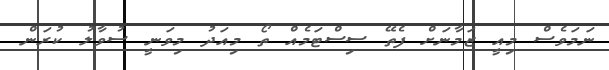
ނަމަވެސް މިއީ ޒަމާނަށް ފެތޭ ސިސްޓަމެއް ތޯ މިއަދު މިވަނީ ސުވާލު ކުރަން